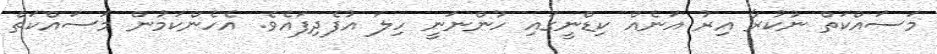
މަސައްކަތް ނުކުރާ އިރު އަނެއް ކިޑްނީގައި ހުންނަނީ ހިލަ އުފެދިފައެވެ. އެހެންކަމުން މަސައްކަތް